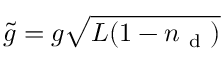
\tilde { g } = g \sqrt { L ( 1 - n _ { \mathrm { ~ d ~ } } ) }